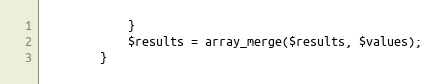
Language: PHP
			}
			$results = array_merge($results, $values);
		}